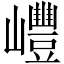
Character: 㠦